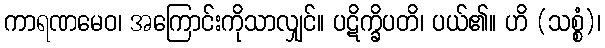
ကာရဏမေဝ၊ အကြောင်းကိုသာလျှင်။ ပဋိက္ခိပတိ၊ ပယ်၏။ ဟိ (သစ္စံ)၊